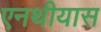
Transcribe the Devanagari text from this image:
एनथीयास